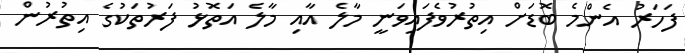
ފަހަަރު އެންމެ ބޮޑަށް އިތުރުވެފައިވަނީ މާލެ އާއި މާލެ އަތޮޅު ފަރުތަކުގެ އިތުރުން